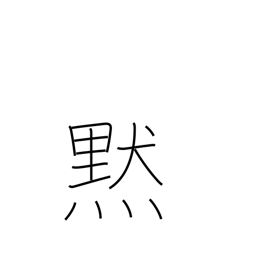
Meaning: silence